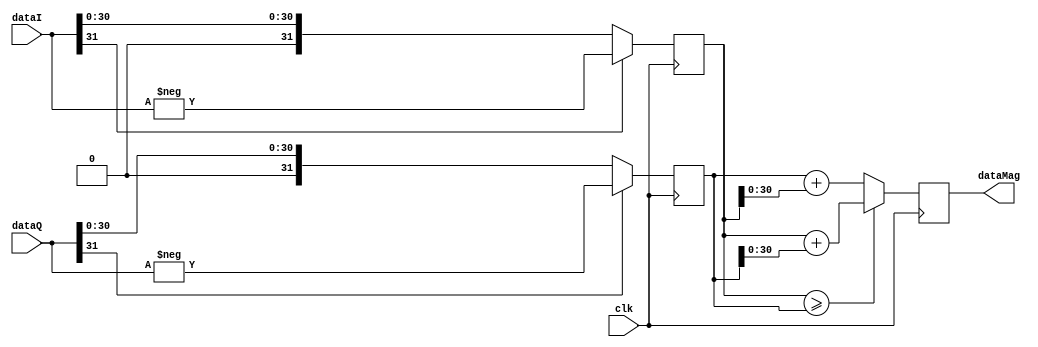
module c_mag_estimate #(
    parameter DATA_LEN = 32,
    parameter ALPHA = 0.9,
    parameter BETA = 0.4
    )(
    input clk,
    input [DATA_LEN-1:0] dataI,
    input [DATA_LEN-1:0] dataQ,
    output[DATA_LEN-1:0] dataMag
    );
    
    reg [DATA_LEN-1:0] dataMag_r;
    reg [DATA_LEN-1:0] dataI_abs;
    reg [DATA_LEN-1:0] dataQ_abs;
//    wire [DATA_LEN-1:0] dataI_abs;
//    wire [DATA_LEN-1:0] dataQ_abs;
    
    always @(posedge clk) begin
        if (!dataI[DATA_LEN-1])
            dataI_abs <= dataI;
        else
            dataI_abs <= -dataI;
    end  
    always @(posedge clk) begin
        if (!dataQ[DATA_LEN-1])
            dataQ_abs <= dataQ;
        else
            dataQ_abs <= -dataQ;
    end
    
    always @(posedge clk) begin
        if (dataI_abs >= dataQ_abs)
            dataMag_r <= dataI_abs + {0,dataQ_abs[DATA_LEN-2:0]};
        else
            dataMag_r <= dataQ_abs + {0,dataI_abs[DATA_LEN-2:0]};
    end
    assign dataMag = dataMag_r;
//    assign dataI_abs = (dataI >= 0) ? dataI : -dataI;
//    assign dataQ_abs = (dataQ >= 0) ? dataQ : -dataQ;
//    assign dataMag = (dataI_abs >= dataQ_abs) ? dataI_abs + {0,dataQ_abs[DATA_LEN-2:0]} : dataQ_abs + {0,dataI_abs[DATA_LEN-2:0]};
                
    

endmodule